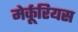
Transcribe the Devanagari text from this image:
मेर्कूरियस